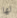
لها